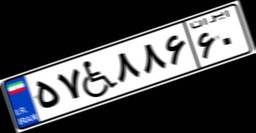
۵۷W۸۸۶۶۰